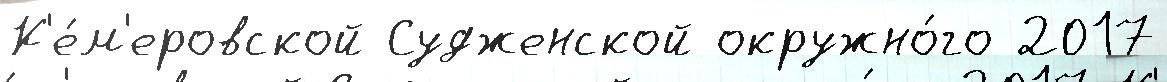
К'е́м'еровской Судженской окружно́го 2017